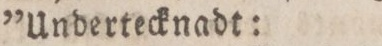
”Undertecknadt: